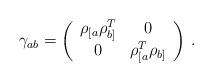
LaTeX: \begin{align*}\gamma_{ab}=\left(\begin{array}{cc}\rho_{[a}\rho_{b]}^{T}&0\\ 0&\rho_{[a}^{T}\rho_{b]}\end{array}\right)\,.\end{align*}